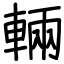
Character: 輛